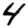
Digit: 4